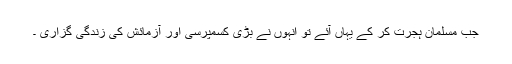
جب مسلمان ہجرت کر کے یہاں آئے تو انہوں نے بڑی کسمپرسی اور آزمائش کی زندگی گزاری ۔